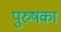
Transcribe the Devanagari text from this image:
पुरुषका